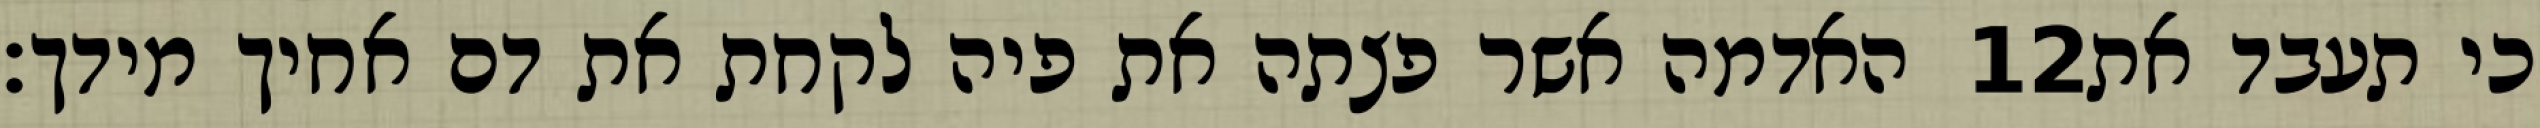
האדמה אשר פצתה את פיה לקחת את דם אחיך מידך׃ ‎12‏ כי תעבד את